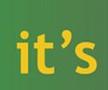
it's